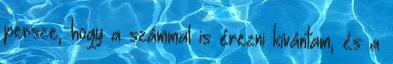
persze, hogy a számmal is érezni kívántam, és a